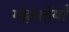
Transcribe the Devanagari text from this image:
गहराईयाँ